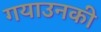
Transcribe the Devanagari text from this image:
गयाउनकी